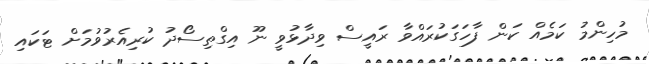
މުހިންމު ކަމެއް ކަން ފާހަގަކުރައްވާ ރައީސް ވިދާޅުވީ ނޫ އިގްތިސޯދު ކުރިއެރުވުމަށް ޓަކައި